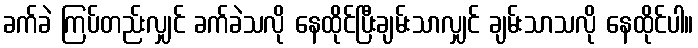
ခက်ခဲ ကြပ်တည်းလျှင် ခက်ခဲသလို နေထိုင်ပြီးချမ်းသာလျှင် ချမ်းသာသလို နေထိုင်ပါ။